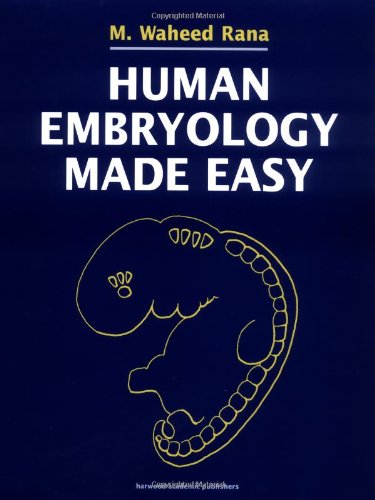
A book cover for Human Embryology Made Easy; M. Waheed Rana; Medical Books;